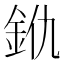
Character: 𨥐